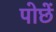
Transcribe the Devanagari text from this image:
पोछें